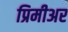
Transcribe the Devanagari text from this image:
प्रिमीअर